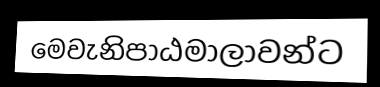
මෙවැනිපාඨමාලාවන්ට